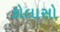
કોલાસો